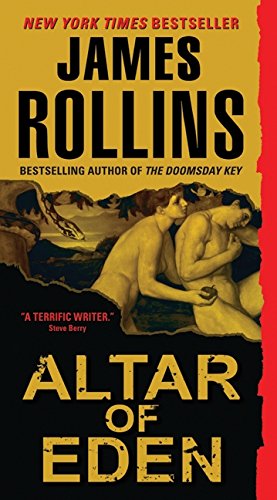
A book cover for Altar of Eden; James Rollins; Science Fiction & Fantasy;